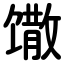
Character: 馓